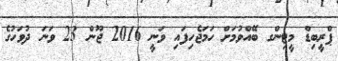
ޕްރީބިޑް މީޓިންގ ބޭއްވުމަށް ހަމަޖެހިފައި ވަނީ 2016 ޖޫން 23 ވަނަ ދުވަހުގެ